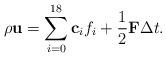
LaTeX: \begin{align*}\rho {\bf{u}} = \sum\limits_{i = 0}^{18} {{{\bf{c}}_i}{f_i}} + \frac{1}{2}{\bf{F}}\Delta t.\end{align*}